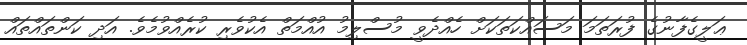
ޢަލީގެފާނުގެ ފުރަތަމަ މަސައްކަތަކަށް ހެއްދެވީ މުސްލިމު އުއްމަތް އެކުވެރި ކުރެއްވުމެވެ. އަދި ކަންތައްތައް